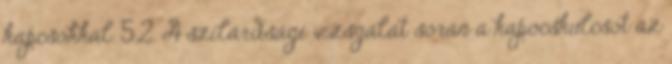
kapcsokkal. 5.2. A szilárdsági vizsgálat során a kapocskulcsot az